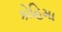
કોહિમા